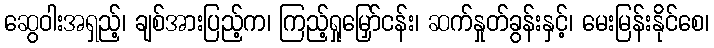
ဆွေဝါးအရှည့်၊ ချစ်အားပြည့်က၊ ကြည့်ရှုမြှော်ငန်း၊ ဆက်နှုတ်ခွန်းနှင့်၊ မေးမြန်းနိုင်စေ၊